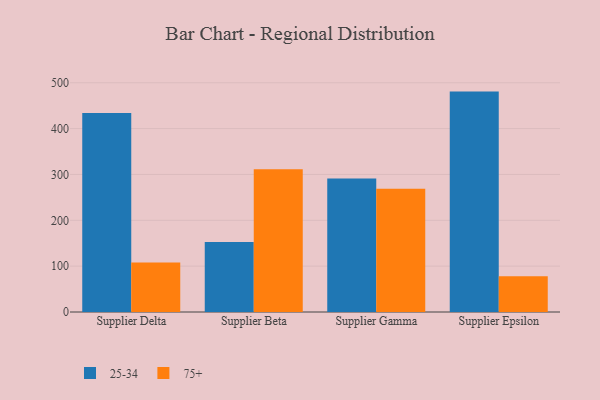
{"axis": {"x": "Supplier", "y": "Energy Usage (MWh)"}, "legend": ["25-34", "75+"], "data": [{"x": "Supplier Delta", "y": 433.9, "type": "25-34"}, {"x": "Supplier Delta", "y": 107.9, "type": "75+"}, {"x": "Supplier Beta", "y": 152.5, "type": "25-34"}, {"x": "Supplier Beta", "y": 311.2, "type": "75+"}, {"x": "Supplier Gamma", "y": 291.3, "type": "25-34"}, {"x": "Supplier Gamma", "y": 269.0, "type": "75+"}, {"x": "Supplier Epsilon", "y": 480.7, "type": "25-34"}, {"x": "Supplier Epsilon", "y": 77.9, "type": "75+"}]}